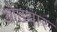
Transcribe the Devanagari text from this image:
ओडयार